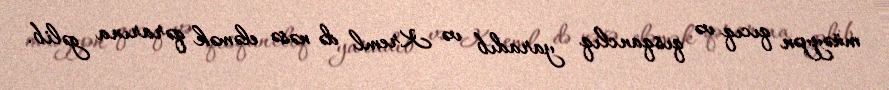
müəyyən qıcıq və qısqanclıq yaradıb və Kreml də nəsə eləmək qərarına gəlib.